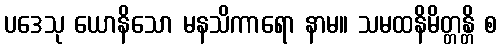
ပဒေသု ယောနိသော မနသိကာရော နာမ။ သမထနိမိတ္တန္တိ စ